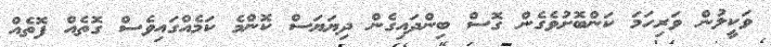
ވަކީލުން ވަރިހަމަ ކަންބޮށުވެގެން ގޮސް ބިންދައިގެން ދިޔަޔަސް ކޮންމެ ކަމެއްގައިވެސް ގޮތެއް ފޮތެއް